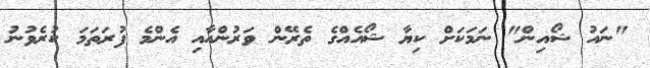
"ނައު ޝޯއިން" ނަމަކަށް ކިޔާ ޝޯއެއްގެ ތެރޭން ވަރުންއާއި އެންމެ ފުރަތަމަ ކުރެވުނު